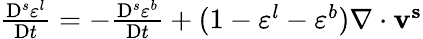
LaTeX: \begin{array}{r}{\frac{\mathrm{D}^{s}\varepsilon^{l}}{\mathrm{D}t}=-\frac{\mathrm{D}^{s}\varepsilon^{b}}{\mathrm{D}t}+(1-\varepsilon^{l}-\varepsilon^{b})\nabla\cdot\mathbf{v^{s}}}\end{array}